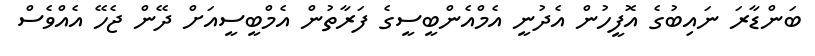
ބަންޑާރަ ނައިބުގެ އޮފީހުން އެދުނީ އެމްއެންބީސީގެ ފަރާތުން އެމްބީސީއަށް ދޭން ޖެހޭ އެއްވެސް